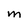
Character: M